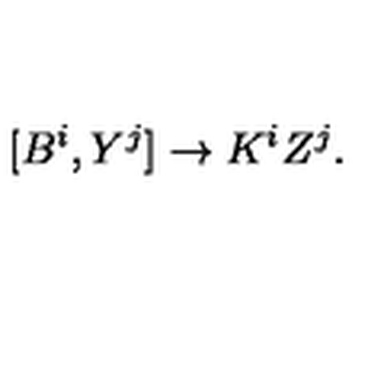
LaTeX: [ B ^ { i } , Y ^ { j } ] \rightarrow K ^ { i } Z ^ { j } .